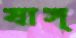
যাস্